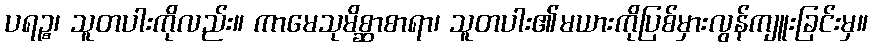
ပရဉ္စ၊ သူတပါးကိုလည်း။ ကာမေသုမိစ္ဆာစာရာ၊ သူတပါး၏မယားကိုပြစ်မှားလွန်ကျူးခြင်းမှ။